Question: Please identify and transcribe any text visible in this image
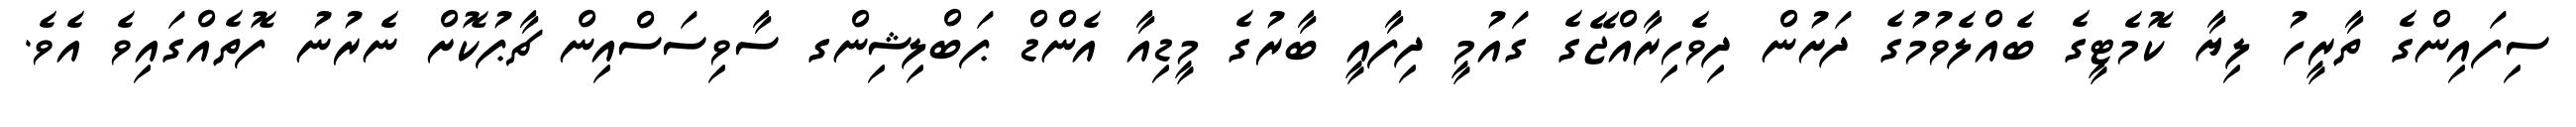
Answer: ސިފައިންގެ ތާރީހު ލިޔާ ކޮމެޓީގެ ބެއްލެވުމުގެ ދަށުން ދިވެހިރާއްޖޭގެ ގައުމީ ދިފާއީ ބާރުގެ މީޑިއާ އެންޑް ޕަބްލިޝިންގ ސާވިސަސްއިން ޗާޕުކޮށް ނެރުނު ފޮތެއްގައިވެ އެވެ.